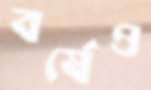
বর্ষেও